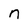
Character: n